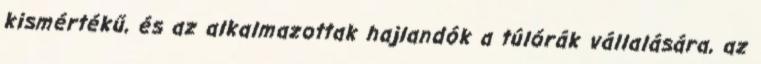
kismértékű, és az alkalmazottak hajlandók a túlórák vállalására, az